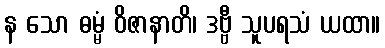
န သော ဓမ္မံ ဝိဇာနာတိ၊ ဒဗ္ဗီ သူပရသံ ယထာ။